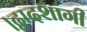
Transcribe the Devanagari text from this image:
।द्वादशांगी